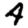
Digit: 4